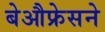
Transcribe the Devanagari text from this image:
बेऔफ्रेसने